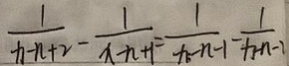
\frac { 1 } { x - n + 2 } - \frac { 1 } { x - n + 1 } = \frac { 1 } { x - n - 1 } - \frac { 1 } { x - n - 1 }